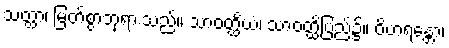
သတ္ထာ၊ မြတ်စွာဘုရားသည်။ သာဝတ္ထိယံ၊ သာဝတ္ထိပြည်၌။ ဝိဟရန္တော၊